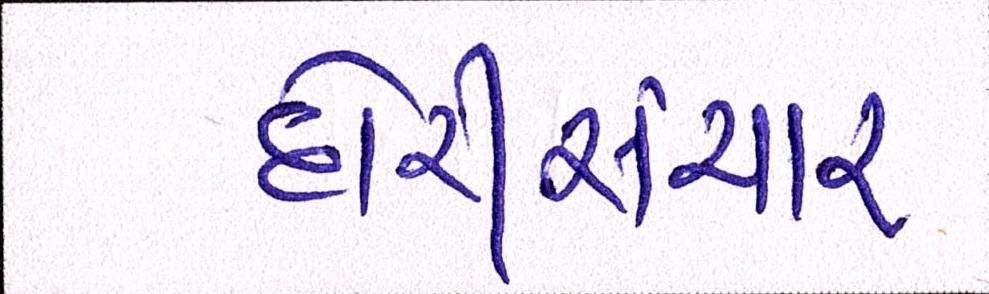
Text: દોરીસંચાર